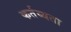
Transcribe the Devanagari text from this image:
कर्तव्यता